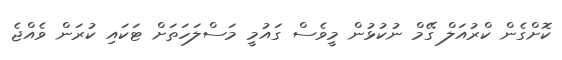
ކޮށްގެން ކްރުއަލް ގޭމް ނުކުޅުން މީވެސް ގައުމީ މަސްލަހަތަށް ޓަކައި ކުރަން ވެއްޖެ